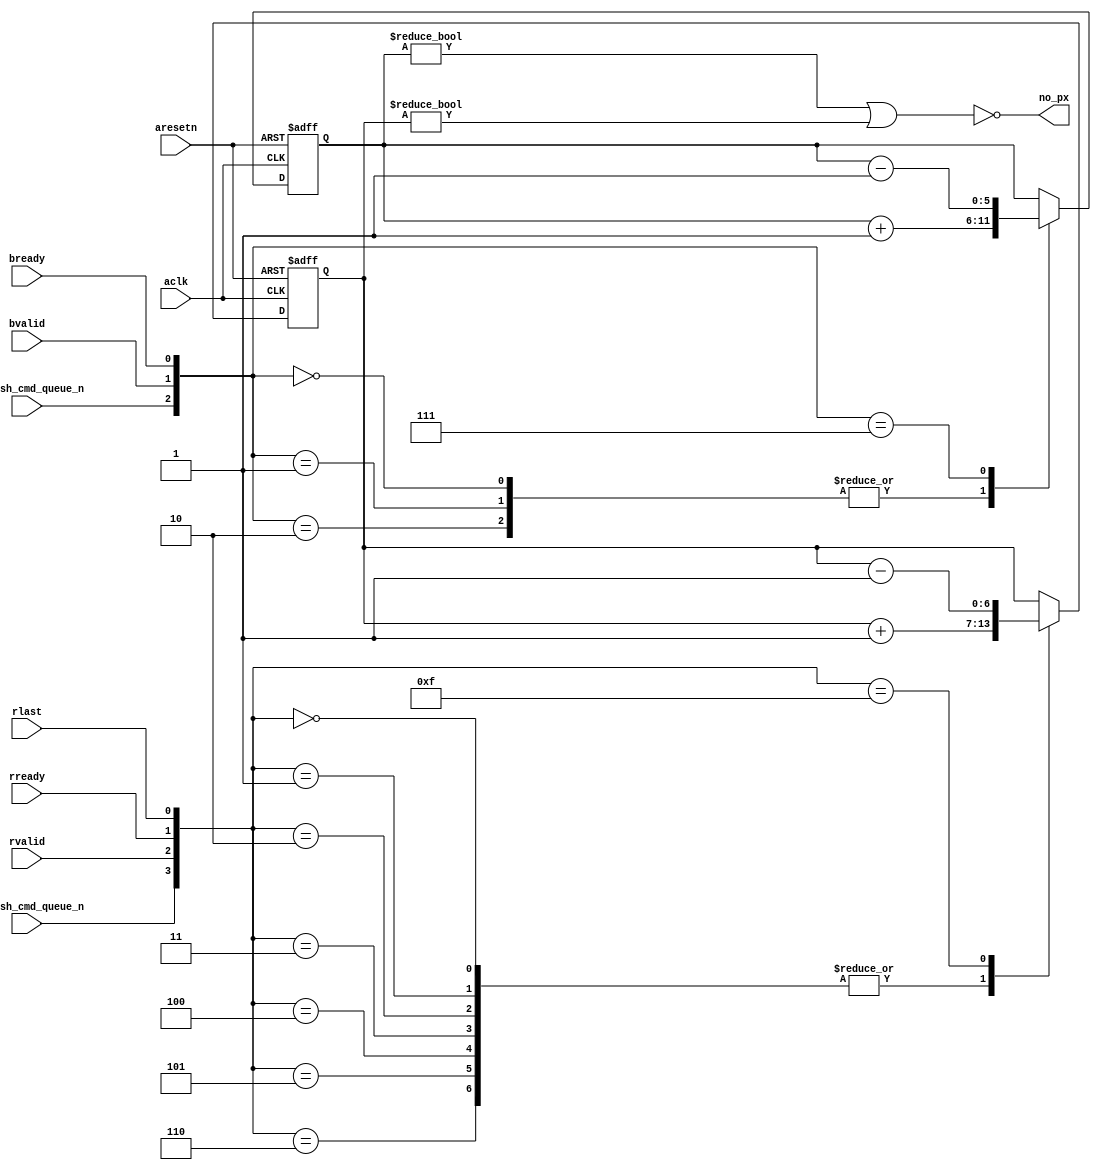
/*
 ------------------------------------------------------------------------
--
--                  (C) COPYRIGHT 2001-2011 SYNOPSYS, INC.
--                            ALL RIGHTS RESERVED
--
--  This software and the associated documentation are confidential and
--  proprietary to Synopsys, Inc.  Your use or disclosure of this
--  software is subject to the terms and conditions of a written
--  license agreement between you, or your company, and Synopsys, Inc.
--
--  The entire notice above must be reproduced on all authorized copies.
*/

//-----------------------------------------------------------------------------
// Filename    : DW_axi_x2p_power_ctrl_legacy
// Description : AXI-to-APB bridge power control.
//               Constantly keeps a count (up to 32) of outstanding write and
//               read transactions. If any transactions are active the output
//               no_px will be inactive
//
//
//-----------------------------------------------------------------------------


module DW_axi_x2p_power_ctrl_legacy (/*AUTOARG*/
   // Outputs
   no_px,
   // Inputs
   aclk, aresetn, bready, bvalid, rvalid, rready, rlast,
   rd_push_cmd_queue_n, wr_push_cmd_queue_n
   );

  input aclk;
  input aresetn;
  input bready;              // master is ready for end of a write transfer
  input bvalid;              // end of the slaves write transfer
  input rvalid;              // slave indicating read data
  input rready;              // AXI master is accepting the read data
  input rlast;               // indication to AXI master that this is the last data
  input rd_push_cmd_queue_n; // pushing a read to the AHB slave side
  input wr_push_cmd_queue_n; // pushing a write to the AHB slave side
  output no_px;              // indicates that there are no pending operation
                             // in the bridge

  wire aresetn_int, bready_int, bvalid_int, rvalid_int, rready_int, rlast_int,
       rd_push_cmd_queue_n_int, wr_push_cmd_queue_n_int;

  assign aresetn_int = aresetn;
  assign bready_int  = bready;
  assign bvalid_int  = bvalid;
  assign rvalid_int  = rvalid;
  assign rready_int  = rready;
  assign rlast_int   = rlast;
  assign rd_push_cmd_queue_n_int = rd_push_cmd_queue_n;
  assign wr_push_cmd_queue_n_int = wr_push_cmd_queue_n;


  //
  //               Power control
  //
  // Monitor all operations for completion

  // The transaction counts are limited to 64 for reads and 48 for writes.
  // Since the maximum allowed cmd buffer depth is 32, the rdata buffer
  // depth is 32 (reads) and resp buffer depth is 16 (writes) this assures
  // a count of the outstanding reads and writes will not overflow the counts.
  reg [5:0]  ativ_writes_ns, ativ_writes;
  reg [6:0]  ativ_reads_ns, ativ_reads;

  wire       no_px;

  // RTL was written with a particular function in mind so any
  // concerns regarding loss of carry/borrow in addition/subtraction
  // can be ignored by Leda:
  // leda W484 off

  // count of outstanding writes
  // increment count when pushing a write on the command queue
  // decrement count when bvaild response is reconized with bready
  always @(/*AS*/ativ_reads or ativ_writes or bready_int or bvalid_int
      or rd_push_cmd_queue_n_int or rlast_int or rready_int
      or rvalid_int or wr_push_cmd_queue_n_int)
    begin: ACTIVE_CNTS
      ativ_writes_ns = ativ_writes;
      case ({wr_push_cmd_queue_n_int,bvalid_int,bready_int})
        3'b000, 3'b001, 3'b010: begin
        // pushing the cmd queue and no response
          ativ_writes_ns = ativ_writes + 1;
        end
        3'b111: begin
        // responding and no push this is for cases where BREADY is held on
          ativ_writes_ns = ativ_writes - 1;
        end
        default: begin
        // all others do nothing to the count
          ativ_writes_ns = ativ_writes;
        end
      endcase // case({wr_push_cmd_queue_n_int,bvalid_int,bready_int})


      // count of outstanding reads
      // increment on push to command queue
      // decrement when read responds with last
      case ({rd_push_cmd_queue_n_int,rvalid_int,rready_int,rlast_int})
        4'b0000, 4'b0001, 4'b0010, 4'b0011, 4'b0100, 4'b0101, 4'b0110:  begin
          // pushing
          ativ_reads_ns = ativ_reads + 1;

        end
        4'b1111: begin
          // No new AXI read ( no push on cmd queue)
          //last read response only
            ativ_reads_ns = ativ_reads - 1;
        end
        default: begin // anything else is a noop
          ativ_reads_ns = ativ_reads;
        end
      endcase // case({rd_push_cmd_queue_n_int,rvalid_int,rready_int,rlast_int})
    end // block: ACTIVE_CNTS

  // leda W484 on

  // if either writes or reads have not completed the AXI Slave is active
  assign  no_px = !((ativ_writes != 0) || (ativ_reads != 0));

  // NTL_CLK05: Data must be registered by 2 or more flipflops when crossing clock domain
  // path from read data fifo to ativ_reads, rlast from rdata fifo used
  // in path. Data from fifo is only used when fifo is not empty, and empty
  // signal is synchronised.
  // leda NTL_CLK05 off
  always @(posedge aclk or negedge aresetn_int)
    if (aresetn_int == 1'b0)
      begin
        ativ_writes <= 0;
        ativ_reads <= 0;
      end
    else
      begin
        ativ_writes <= ativ_writes_ns ;
        ativ_reads <= ativ_reads_ns;
      end // else: !if(aresetn_int == 1'b0)
  // leda NTL_CLK05 on

endmodule // DW_axi_x2p_power_ctrl